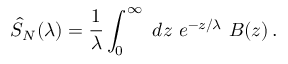
\hat { S } _ { N } ( \lambda ) = { \frac { 1 } { \lambda } } \int _ { 0 } ^ { \infty } \ d z \ e ^ { - z / \lambda } \ B ( z ) \, .